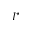
I ^ { \star }